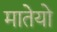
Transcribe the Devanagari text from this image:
मातेयो